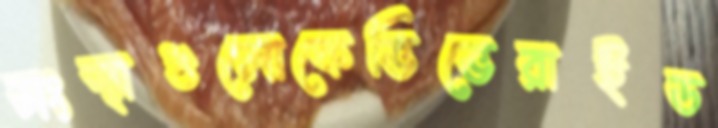
সংস্থাগুলোকেভিভেরাইড